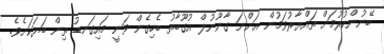
ބޭނުންކުރުމަށް ތައްޔާރުވަމުން އަންނަ ގާނޫނުލް އުގޫބާތު ބެހިގެން ވަނީ މައިގަނޑު ތިން ބަޔަކަށެވެ.